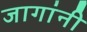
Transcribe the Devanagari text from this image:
जागांनी